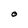
Character: O